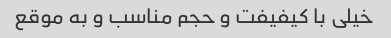
خیلی با کیفیفت و حجم مناسب و به موقع